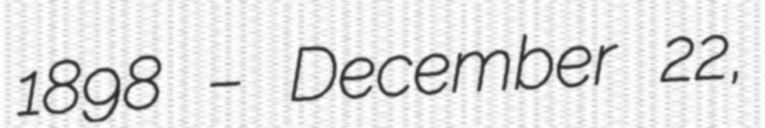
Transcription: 1898 – December 22,